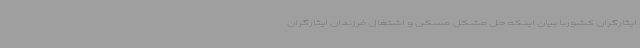
ایثارگران کشوربا بیان اینکه حل مشکل مسکن و اشتغال فرزندان ایثارگران